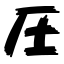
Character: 圧